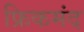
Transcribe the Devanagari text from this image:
फ्रिकमंद